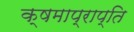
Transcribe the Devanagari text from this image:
क्षमाप्राप्ति